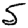
Digit: 5